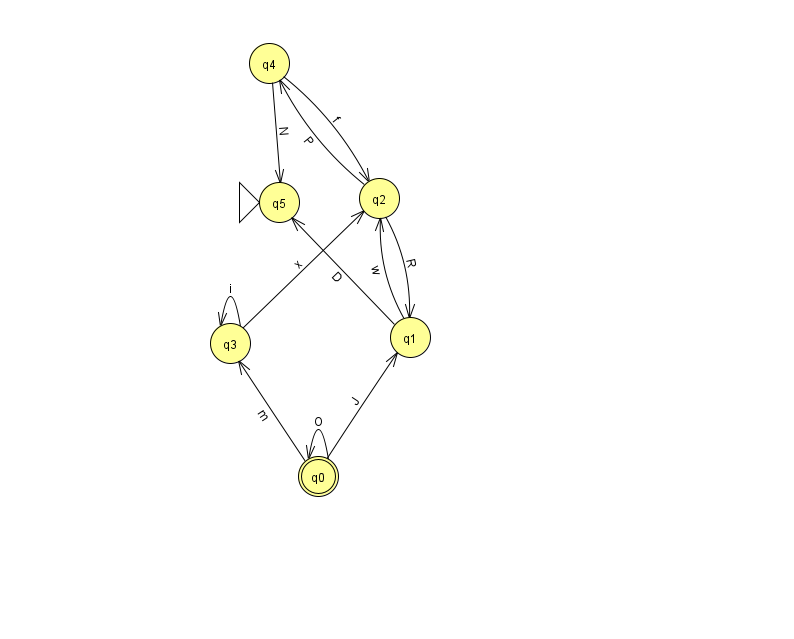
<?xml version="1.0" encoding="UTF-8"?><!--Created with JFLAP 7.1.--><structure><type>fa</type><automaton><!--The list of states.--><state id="0" name="q0"><x>318.0</x><y>463.0</y><final/></state><state id="1" name="q1"><x>410.0</x><y>324.0</y></state><state id="2" name="q2"><x>379.0</x><y>185.0</y></state><state id="3" name="q3"><x>230.0</x><y>330.0</y></state><state id="4" name="q4"><x>269.0</x><y>50.0</y></state><state id="5" name="q5"><x>279.0</x><y>189.0</y><initial/></state><!--The list of transitions.--><transition><from>4</from><to>5</to><read>N</read></transition><transition><from>2</from><to>4</to><read>P</read></transition><transition><from>3</from><to>2</to><read>x</read></transition><transition><from>1</from><to>5</to><read>D</read></transition><transition><from>4</from><to>2</to><read>f</read></transition><transition><from>3</from><to>3</to><read>i</read></transition><transition><from>1</from><to>2</to><read>w</read></transition><transition><from>0</from><to>1</to><read>J</read></transition><transition><from>0</from><to>0</to><read>O</read></transition><transition><from>0</from><to>3</to><read>m</read></transition><transition><from>2</from><to>1</to><read>R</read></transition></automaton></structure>